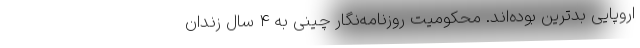
اروپایی بدترین بوده‌اند. محکومیت روزنامه‌نگار چینی به 4 سال زندان